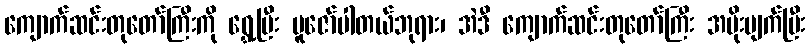
ကျောက်ဆင်းတုတော်ကြီးကို ရွှေ့ပြီး ပူဇော်ပါတယ်ဘုရား၊ အဲဒီ ကျောက်ဆင်းတုတော်ကြီး အမိုးပျက်ပြီး